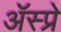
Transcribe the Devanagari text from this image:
ॲस्प्रे